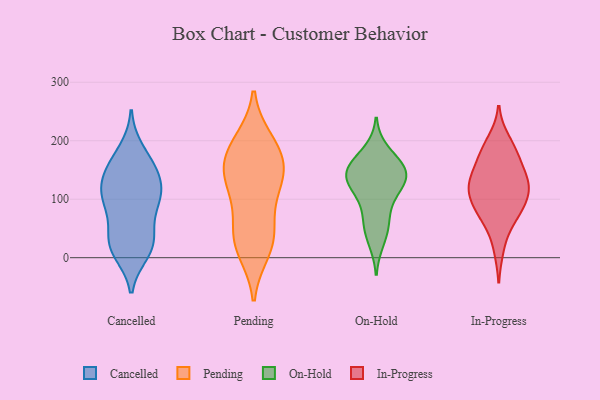
{"axis": {"x": "Headcount", "y": "Value"}, "legend": ["Cancelled", "In-Progress", "On-Hold", "Pending"], "data": [{"x": "", "y": 103, "type": "Cancelled"}, {"x": "", "y": 152, "type": "Cancelled"}, {"x": "", "y": 161, "type": "Cancelled"}, {"x": "", "y": 100, "type": "Cancelled"}, {"x": "", "y": 183, "type": "Cancelled"}, {"x": "", "y": 28, "type": "Cancelled"}, {"x": "", "y": 104, "type": "Cancelled"}, {"x": "", "y": 19, "type": "Cancelled"}, {"x": "", "y": 139, "type": "Cancelled"}, {"x": "", "y": 22, "type": "Cancelled"}, {"x": "", "y": 65, "type": "Cancelled"}, {"x": "", "y": 27, "type": "Cancelled"}, {"x": "", "y": 108, "type": "Cancelled"}, {"x": "", "y": 147, "type": "Cancelled"}, {"x": "", "y": 10, "type": "Cancelled"}, {"x": "", "y": 106, "type": "Cancelled"}, {"x": "", "y": 156, "type": "Pending"}, {"x": "", "y": 198, "type": "Pending"}, {"x": "", "y": 26, "type": "Pending"}, {"x": "", "y": 182, "type": "Pending"}, {"x": "", "y": 103, "type": "Pending"}, {"x": "", "y": 47, "type": "Pending"}, {"x": "", "y": 37, "type": "Pending"}, {"x": "", "y": 140, "type": "Pending"}, {"x": "", "y": 145, "type": "Pending"}, {"x": "", "y": 13, "type": "Pending"}, {"x": "", "y": 187, "type": "Pending"}, {"x": "", "y": 125, "type": "Pending"}, {"x": "", "y": 124, "type": "On-Hold"}, {"x": "", "y": 147, "type": "On-Hold"}, {"x": "", "y": 57, "type": "On-Hold"}, {"x": "", "y": 58, "type": "On-Hold"}, {"x": "", "y": 94, "type": "On-Hold"}, {"x": "", "y": 181, "type": "On-Hold"}, {"x": "", "y": 138, "type": "On-Hold"}, {"x": "", "y": 160, "type": "On-Hold"}, {"x": "", "y": 134, "type": "On-Hold"}, {"x": "", "y": 148, "type": "On-Hold"}, {"x": "", "y": 155, "type": "On-Hold"}, {"x": "", "y": 118, "type": "On-Hold"}, {"x": "", "y": 29, "type": "On-Hold"}, {"x": "", "y": 177, "type": "In-Progress"}, {"x": "", "y": 89, "type": "In-Progress"}, {"x": "", "y": 73, "type": "In-Progress"}, {"x": "", "y": 69, "type": "In-Progress"}, {"x": "", "y": 17, "type": "In-Progress"}, {"x": "", "y": 200, "type": "In-Progress"}, {"x": "", "y": 75, "type": "In-Progress"}, {"x": "", "y": 124, "type": "In-Progress"}, {"x": "", "y": 109, "type": "In-Progress"}, {"x": "", "y": 124, "type": "In-Progress"}, {"x": "", "y": 122, "type": "In-Progress"}, {"x": "", "y": 186, "type": "In-Progress"}, {"x": "", "y": 115, "type": "In-Progress"}, {"x": "", "y": 131, "type": "In-Progress"}, {"x": "", "y": 166, "type": "In-Progress"}, {"x": "", "y": 151, "type": "In-Progress"}]}